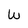
Character: W